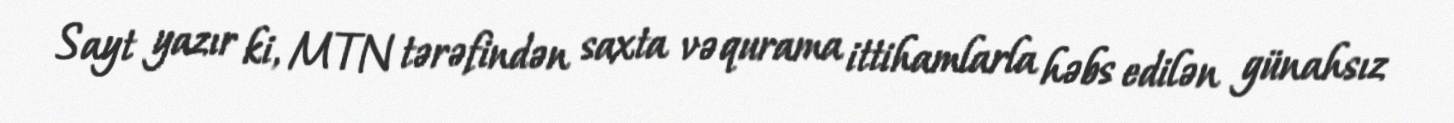
Sayt yazır ki, MTN tərəfindən saxta və qurama ittihamlarla həbs edilən günahsız